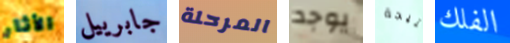
الأثار جابرييل المرحلة يوجد نتيجة الفلك